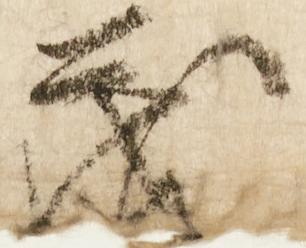
茂